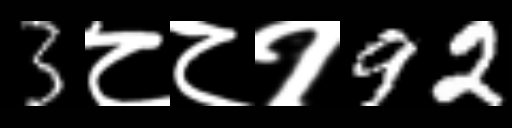
Text: 3८८१92